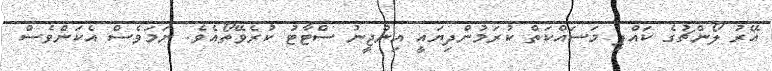
އޭރު ލޯންޗުގެ ކައްޕި މަސައްކަތް ކުރަމުންދިޔައީ އިންޖީނު ސްޓާޓު ކުރެވޭތޯއެވެ. ނަމަވެސް އެކަންވެސް